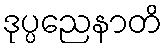
ဒုပ္ပညေနာတိ